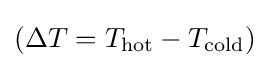
(\Delta T=T_{\text{hot}}-T_{\text{cold}})